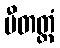
ပီတတ္ထံ